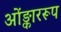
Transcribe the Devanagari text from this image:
ओंङ्काररूप